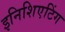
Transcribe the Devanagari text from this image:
इनिशिएटिंग